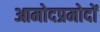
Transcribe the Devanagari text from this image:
आमोदप्रमोदों